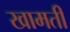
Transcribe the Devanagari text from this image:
खामती